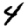
Digit: 4